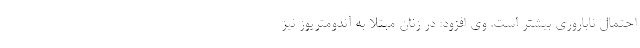
احتمال ناباروری بیشتر است. وی افزود: در زنان مبتلا به آندومتریوز نیز